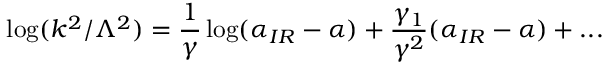
\log ( k ^ { 2 } / \Lambda ^ { 2 } ) = { \frac { 1 } { \gamma } } \log ( \alpha _ { I R } - \alpha ) + { \frac { \gamma _ { 1 } } { \gamma ^ { 2 } } } ( \alpha _ { I R } - \alpha ) + . . .